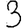
Digit: 3